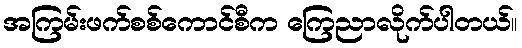
အကြမ်းဖက်စစ်ကောင်စီက ကြေညာလိုက်ပါတယ်။